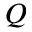
Q